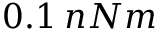
0 . 1 \: n N m